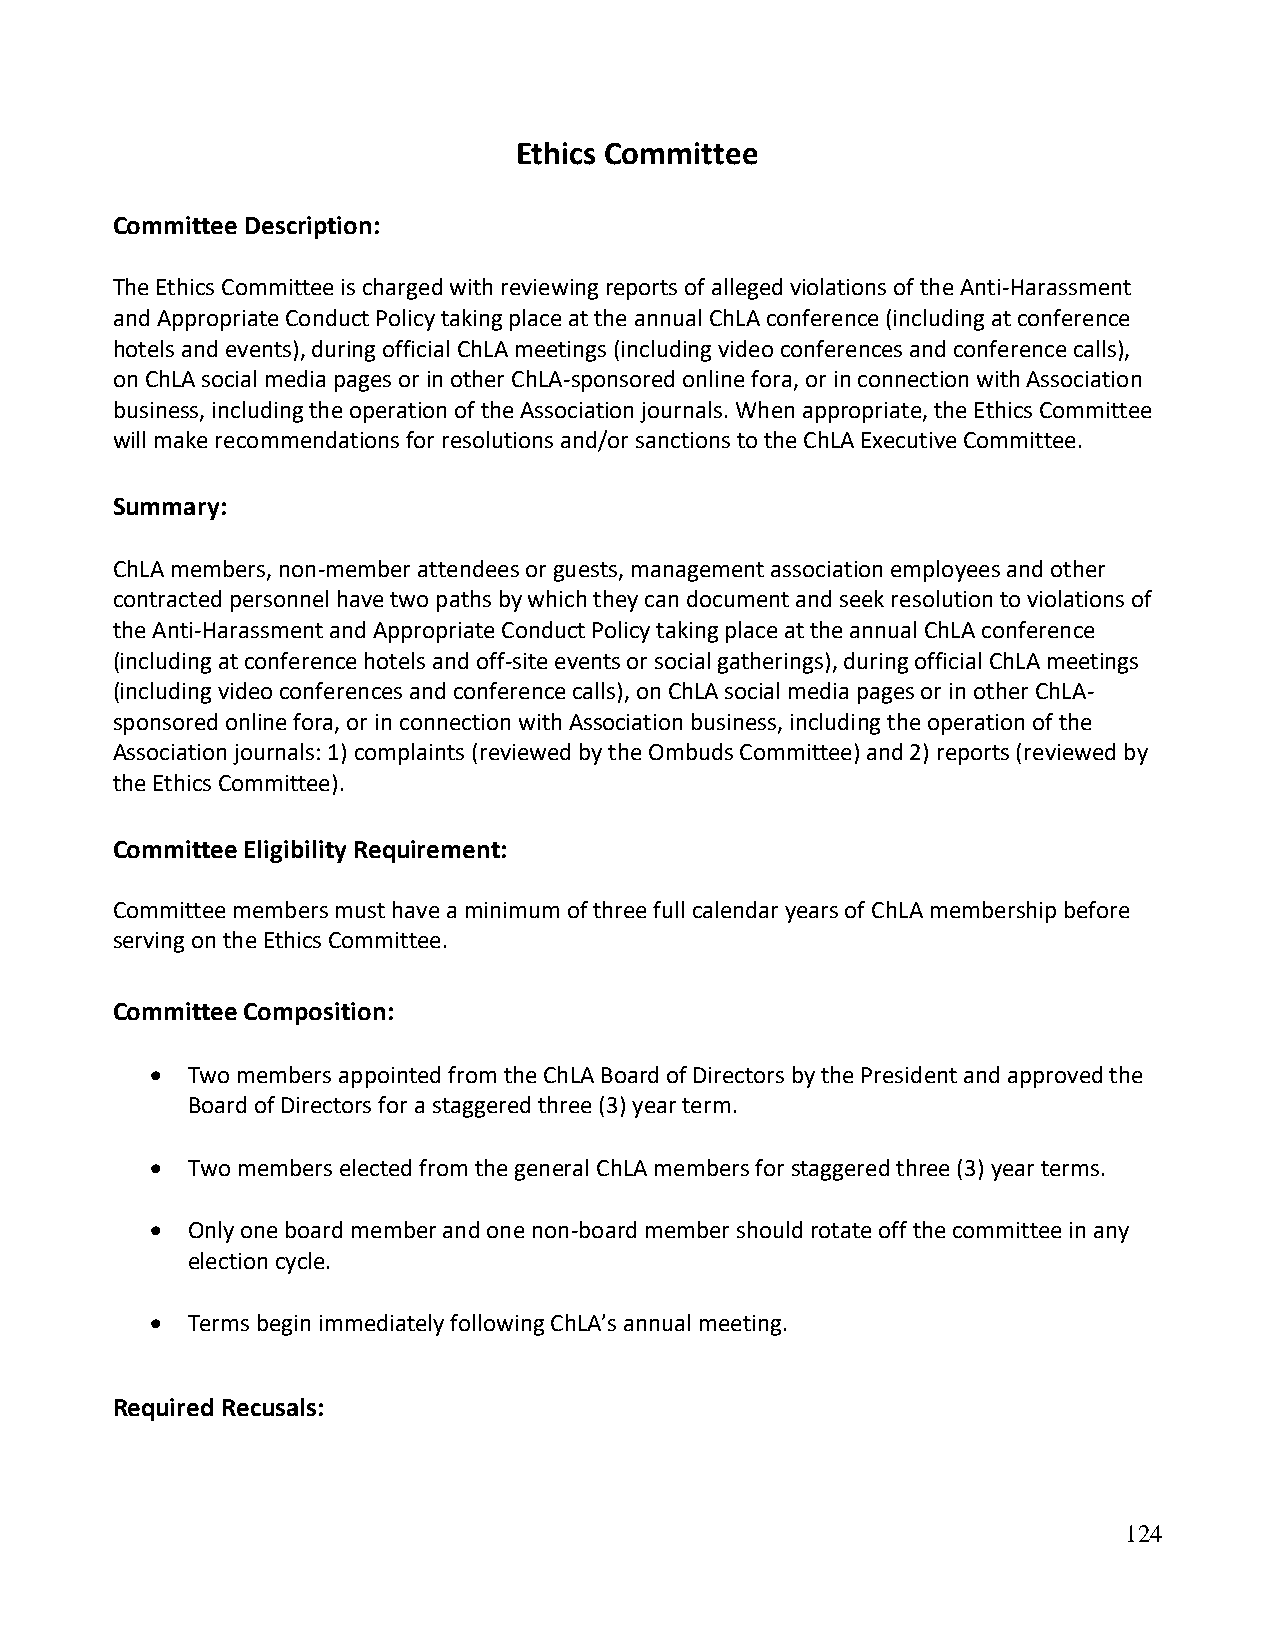
Ethics Committee
 Committee Description:
 The Ethics Committee is charged with reviewing reports of alleged violations of the Anti-Harassment
 and Appropriate Conduct Policy taking place at the annual ChLA conference (including at conference
 hotels and events), during official ChLA meetings (including video conferences and conference calls),
 on ChLA social media pages or in other ChLA-sponsored online fora, or in connection with Association
 business, including the operation of the Association journals. When appropriate, the Ethics Committee
 will make recommendations for resolutions and/or sanctions to the ChLA Executive Committee.
 Summary:
 ChLA members, non-member attendees or guests, management association employees and other
 contracted personnel have two paths by which they can document and seek resolution to violations of
 the Anti-Harassment and Appropriate Conduct Policy taking place at the annual ChLA conference
 (including at conference hotels and off-site events or social gatherings), during official ChLA meetings
 (including video conferences and conference calls), on ChLA social media pages or in other ChLA-
 sponsored online fora, or in connection with Association business, including the operation of the
 Association journals: 1) complaints (reviewed by the Ombuds Committee) and 2) reports (reviewed by
 the Ethics Committee).
 Committee Eligibility Requirement:
 Committee members must have a minimum of three full calendar years of ChLA membership before
 serving on the Ethics Committee.
 Committee Composition:
 • Two members appointed from the ChLA Board of Directors by the President and approved the
 Board of Directors for a staggered three (3) year term.
 • Two members elected from the general ChLA members for staggered three (3) year terms.
 • Only one board member and one non-board member should rotate off the committee in any
 election cycle.
 • Terms begin immediately following ChLA’s annual meeting.
 Required Recusals:
 124